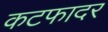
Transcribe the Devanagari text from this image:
कटफादर